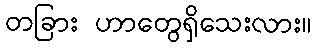
တခြား ဟာတွေရှိသေးလား။